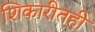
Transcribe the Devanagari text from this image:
शिकारीतही